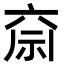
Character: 𮁶